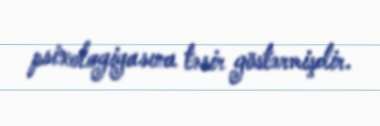
psixologiyasına təsir göstərmişdir.